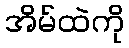
အိမ်ထဲကို